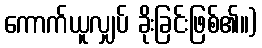
ကောက်ယူလျှပ် ခိုးခြင်းဖြစ်၏။)